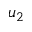
u _ { 2 }